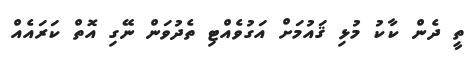
ތީ ދެން ކާކު މުޅި ޤައުމަށް އަގުވެއްޓި ތެދުވަން ނޭގި އޮތް ކަރައެއް